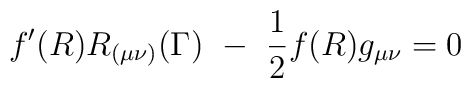
f'(R)R_{(\mu \nu )}(\Gamma )~-~\frac{1}{2}f(R)g_{\mu \nu}=0